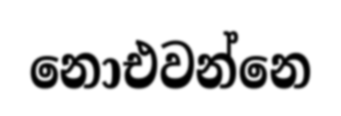
නොඑවන්නෙ